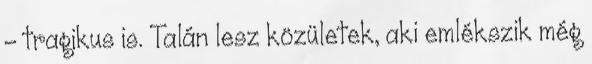
- tragikus is. Talán lesz közületek, aki emlékszik még